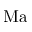
\mathrm { M a }